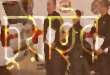
চুয়াইব